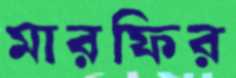
মারফির